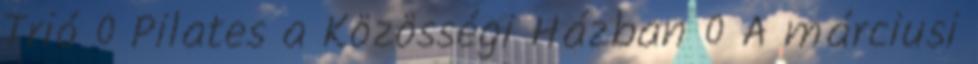
Trió 0 Pilates a Közösségi Házban 0 A márciusi